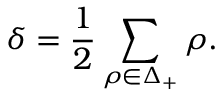
\delta = { \frac { 1 } { 2 } } \sum _ { \rho \in \Delta _ { + } } \rho .